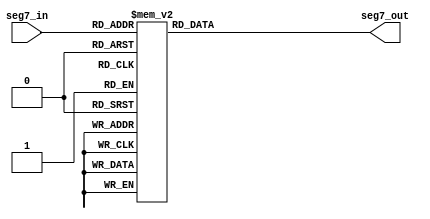
`timescale 1ns / 1ps

module seg7(seg7_out,seg7_in);

input[3:0]seg7_in;
output reg[7:0]seg7_out;

always@(*)begin
   case(seg7_in)
	4'd0:begin seg7_out=8'b00000011;end
	4'd1:begin seg7_out=8'b10011111;end
	4'd2:begin seg7_out=8'b00100101;end
	4'd3:begin seg7_out=8'b00001101;end
	4'd4:begin seg7_out=8'b10011001;end
	4'd5:begin seg7_out=8'b01001001;end
	4'd6:begin seg7_out=8'b01000001;end
	4'd7:begin seg7_out=8'b00011111;end
	4'd8:begin seg7_out=8'b00000001;end
	4'd9:begin seg7_out=8'b00001001;end
	4'd10:begin seg7_out=8'b00010001;end
	4'd11:begin seg7_out=8'b11000001;end
	4'd12:begin seg7_out=8'b01100011;end
	4'd13:begin seg7_out=8'b10000101;end
	4'd14:begin seg7_out=8'b01100001;end
	4'd15:begin seg7_out=8'b01110001;end
	default:;
	endcase
end

endmodule